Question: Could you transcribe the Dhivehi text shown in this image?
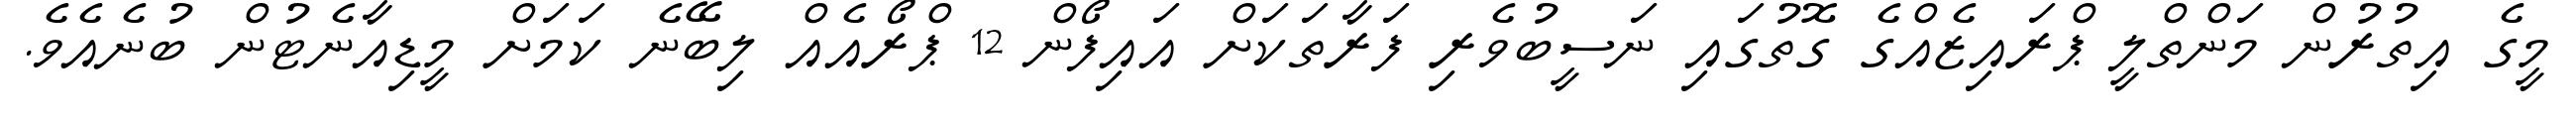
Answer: މީގެ އިތުރުން މަންތްލީ ޕްރައިޒެއްގެ ގޮތުގައި ނަސީބުވެރި ފަރާތަކަށް އައިފޯން 12 ޕްރޯއެއް ލިބޭނެ ކަމަށް މީޑިއާނެޓުން ބުނެއެވެ.